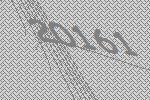
20161